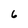
Character: 6